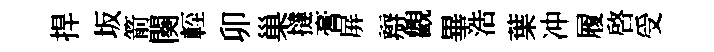
捍坂箭闋䡖卯巢撻膏屏辯觀畢浩葉冲履啟受